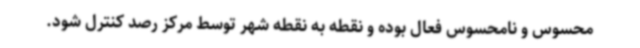
محسوس و نامحسوس فعال بوده و نقطه به نقطه شهر توسط مرکز رصد کنترل شود.